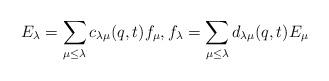
LaTeX: \begin{align*}E_{\lambda}=\sum_{\mu \leq \lambda}c_{\lambda\mu}(q,t)f_{\mu},f_{\lambda}=\sum_{\mu \leq \lambda}d_{\lambda\mu}(q,t)E_{\mu}\end{align*}